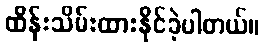
ထိန်းသိမ်းထားနိုင်ခဲ့ပါတယ်။